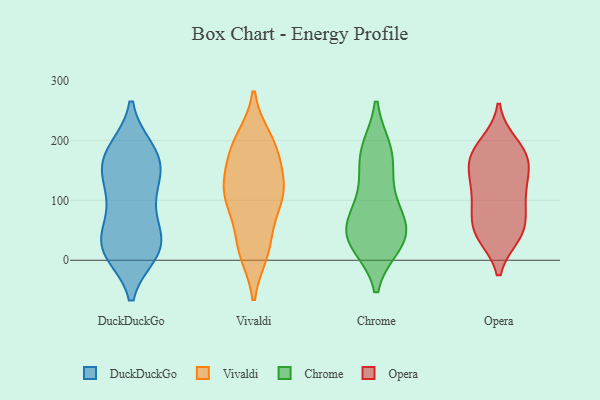
{"axis": {"x": "Customer Acquisition Cost (USD)", "y": "Value"}, "legend": ["Chrome", "DuckDuckGo", "Opera", "Vivaldi"], "data": [{"x": "", "y": 40, "type": "DuckDuckGo"}, {"x": "", "y": 25, "type": "DuckDuckGo"}, {"x": "", "y": 184, "type": "DuckDuckGo"}, {"x": "", "y": 163, "type": "DuckDuckGo"}, {"x": "", "y": 78, "type": "DuckDuckGo"}, {"x": "", "y": 147, "type": "DuckDuckGo"}, {"x": "", "y": 27, "type": "DuckDuckGo"}, {"x": "", "y": 13, "type": "DuckDuckGo"}, {"x": "", "y": 15, "type": "DuckDuckGo"}, {"x": "", "y": 142, "type": "DuckDuckGo"}, {"x": "", "y": 104, "type": "DuckDuckGo"}, {"x": "", "y": 76, "type": "DuckDuckGo"}, {"x": "", "y": 130, "type": "DuckDuckGo"}, {"x": "", "y": 19, "type": "DuckDuckGo"}, {"x": "", "y": 185, "type": "DuckDuckGo"}, {"x": "", "y": 17, "type": "DuckDuckGo"}, {"x": "", "y": 157, "type": "DuckDuckGo"}, {"x": "", "y": 185, "type": "DuckDuckGo"}, {"x": "", "y": 200, "type": "Vivaldi"}, {"x": "", "y": 25, "type": "Vivaldi"}, {"x": "", "y": 184, "type": "Vivaldi"}, {"x": "", "y": 105, "type": "Vivaldi"}, {"x": "", "y": 132, "type": "Vivaldi"}, {"x": "", "y": 130, "type": "Vivaldi"}, {"x": "", "y": 23, "type": "Vivaldi"}, {"x": "", "y": 15, "type": "Vivaldi"}, {"x": "", "y": 98, "type": "Vivaldi"}, {"x": "", "y": 98, "type": "Vivaldi"}, {"x": "", "y": 192, "type": "Vivaldi"}, {"x": "", "y": 109, "type": "Vivaldi"}, {"x": "", "y": 176, "type": "Vivaldi"}, {"x": "", "y": 183, "type": "Chrome"}, {"x": "", "y": 183, "type": "Chrome"}, {"x": "", "y": 120, "type": "Chrome"}, {"x": "", "y": 28, "type": "Chrome"}, {"x": "", "y": 34, "type": "Chrome"}, {"x": "", "y": 33, "type": "Chrome"}, {"x": "", "y": 89, "type": "Chrome"}, {"x": "", "y": 65, "type": "Chrome"}, {"x": "", "y": 50, "type": "Chrome"}, {"x": "", "y": 166, "type": "Chrome"}, {"x": "", "y": 45, "type": "Chrome"}, {"x": "", "y": 42, "type": "Opera"}, {"x": "", "y": 55, "type": "Opera"}, {"x": "", "y": 95, "type": "Opera"}, {"x": "", "y": 43, "type": "Opera"}, {"x": "", "y": 167, "type": "Opera"}, {"x": "", "y": 97, "type": "Opera"}, {"x": "", "y": 140, "type": "Opera"}, {"x": "", "y": 63, "type": "Opera"}, {"x": "", "y": 106, "type": "Opera"}, {"x": "", "y": 174, "type": "Opera"}, {"x": "", "y": 127, "type": "Opera"}, {"x": "", "y": 169, "type": "Opera"}, {"x": "", "y": 188, "type": "Opera"}, {"x": "", "y": 152, "type": "Opera"}, {"x": "", "y": 194, "type": "Opera"}, {"x": "", "y": 42, "type": "Opera"}]}